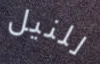
للنيل